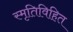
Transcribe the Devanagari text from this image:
स्मृतिविहित